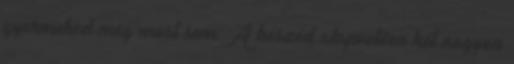
gyermeked még most sem. A beszéd alapvetően két nagyon